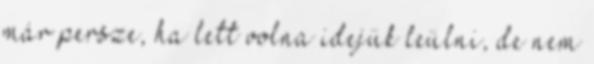
már persze, ha lett volna idejük leülni, de nem